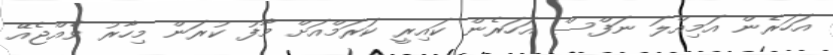
އަހަރެން އަމިއްލަ ނަފްސް އަހަރެން ކައިރީ ކަރަމްއަށް މާފު ކުރަން މިހާރު ވެއްޖެއޭ